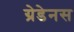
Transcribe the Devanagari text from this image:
ग्रेडेनस